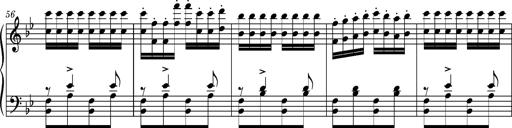
Title: Ungarische Nationalmelodien, S.243
Composer: Franz Liszt